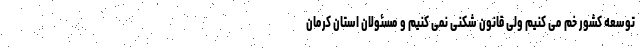
توسعه کشور خم می کنیم ولی قانون شکنی نمی کنیم و مسئولان استان کرمان